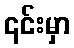
၎င်းမှာ